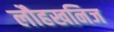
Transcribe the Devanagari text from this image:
लौहखनिज